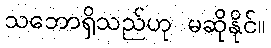
သဘောရှိသည်ဟု မဆိုနိုင်။